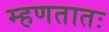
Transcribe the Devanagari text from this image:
म्हणतातः